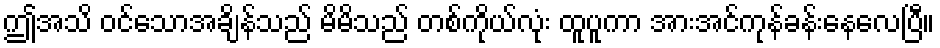
ဤအသိ ဝင်သောအချိန်သည် မိမိသည် တစ်ကိုယ်လုံး ထူပူကာ အားအင်ကုန်ခန်းနေလေပြီ။